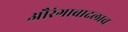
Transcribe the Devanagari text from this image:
औरंगाबादलाच